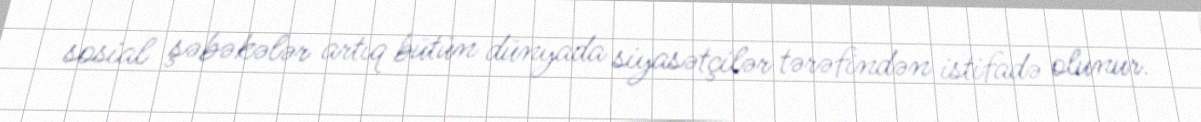
sosial şəbəkələr artıq bütün dünyada siyasətçilər tərəfindən istifadə olunur.